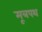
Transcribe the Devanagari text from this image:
मूत्रपथ